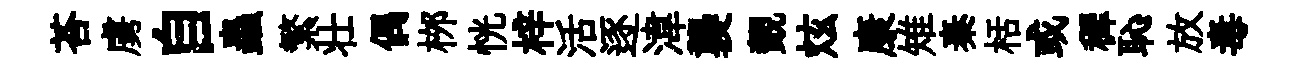
荅虜自蟲繁壮偶桞恍梓活逐湋襲覿炫康雉秦栝或穉恥放毒